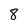
Character: 8